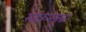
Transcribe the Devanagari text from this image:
खाऊनसुद्धा